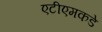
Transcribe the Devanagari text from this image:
एटीएमकडे